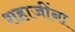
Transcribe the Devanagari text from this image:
शहाजींना